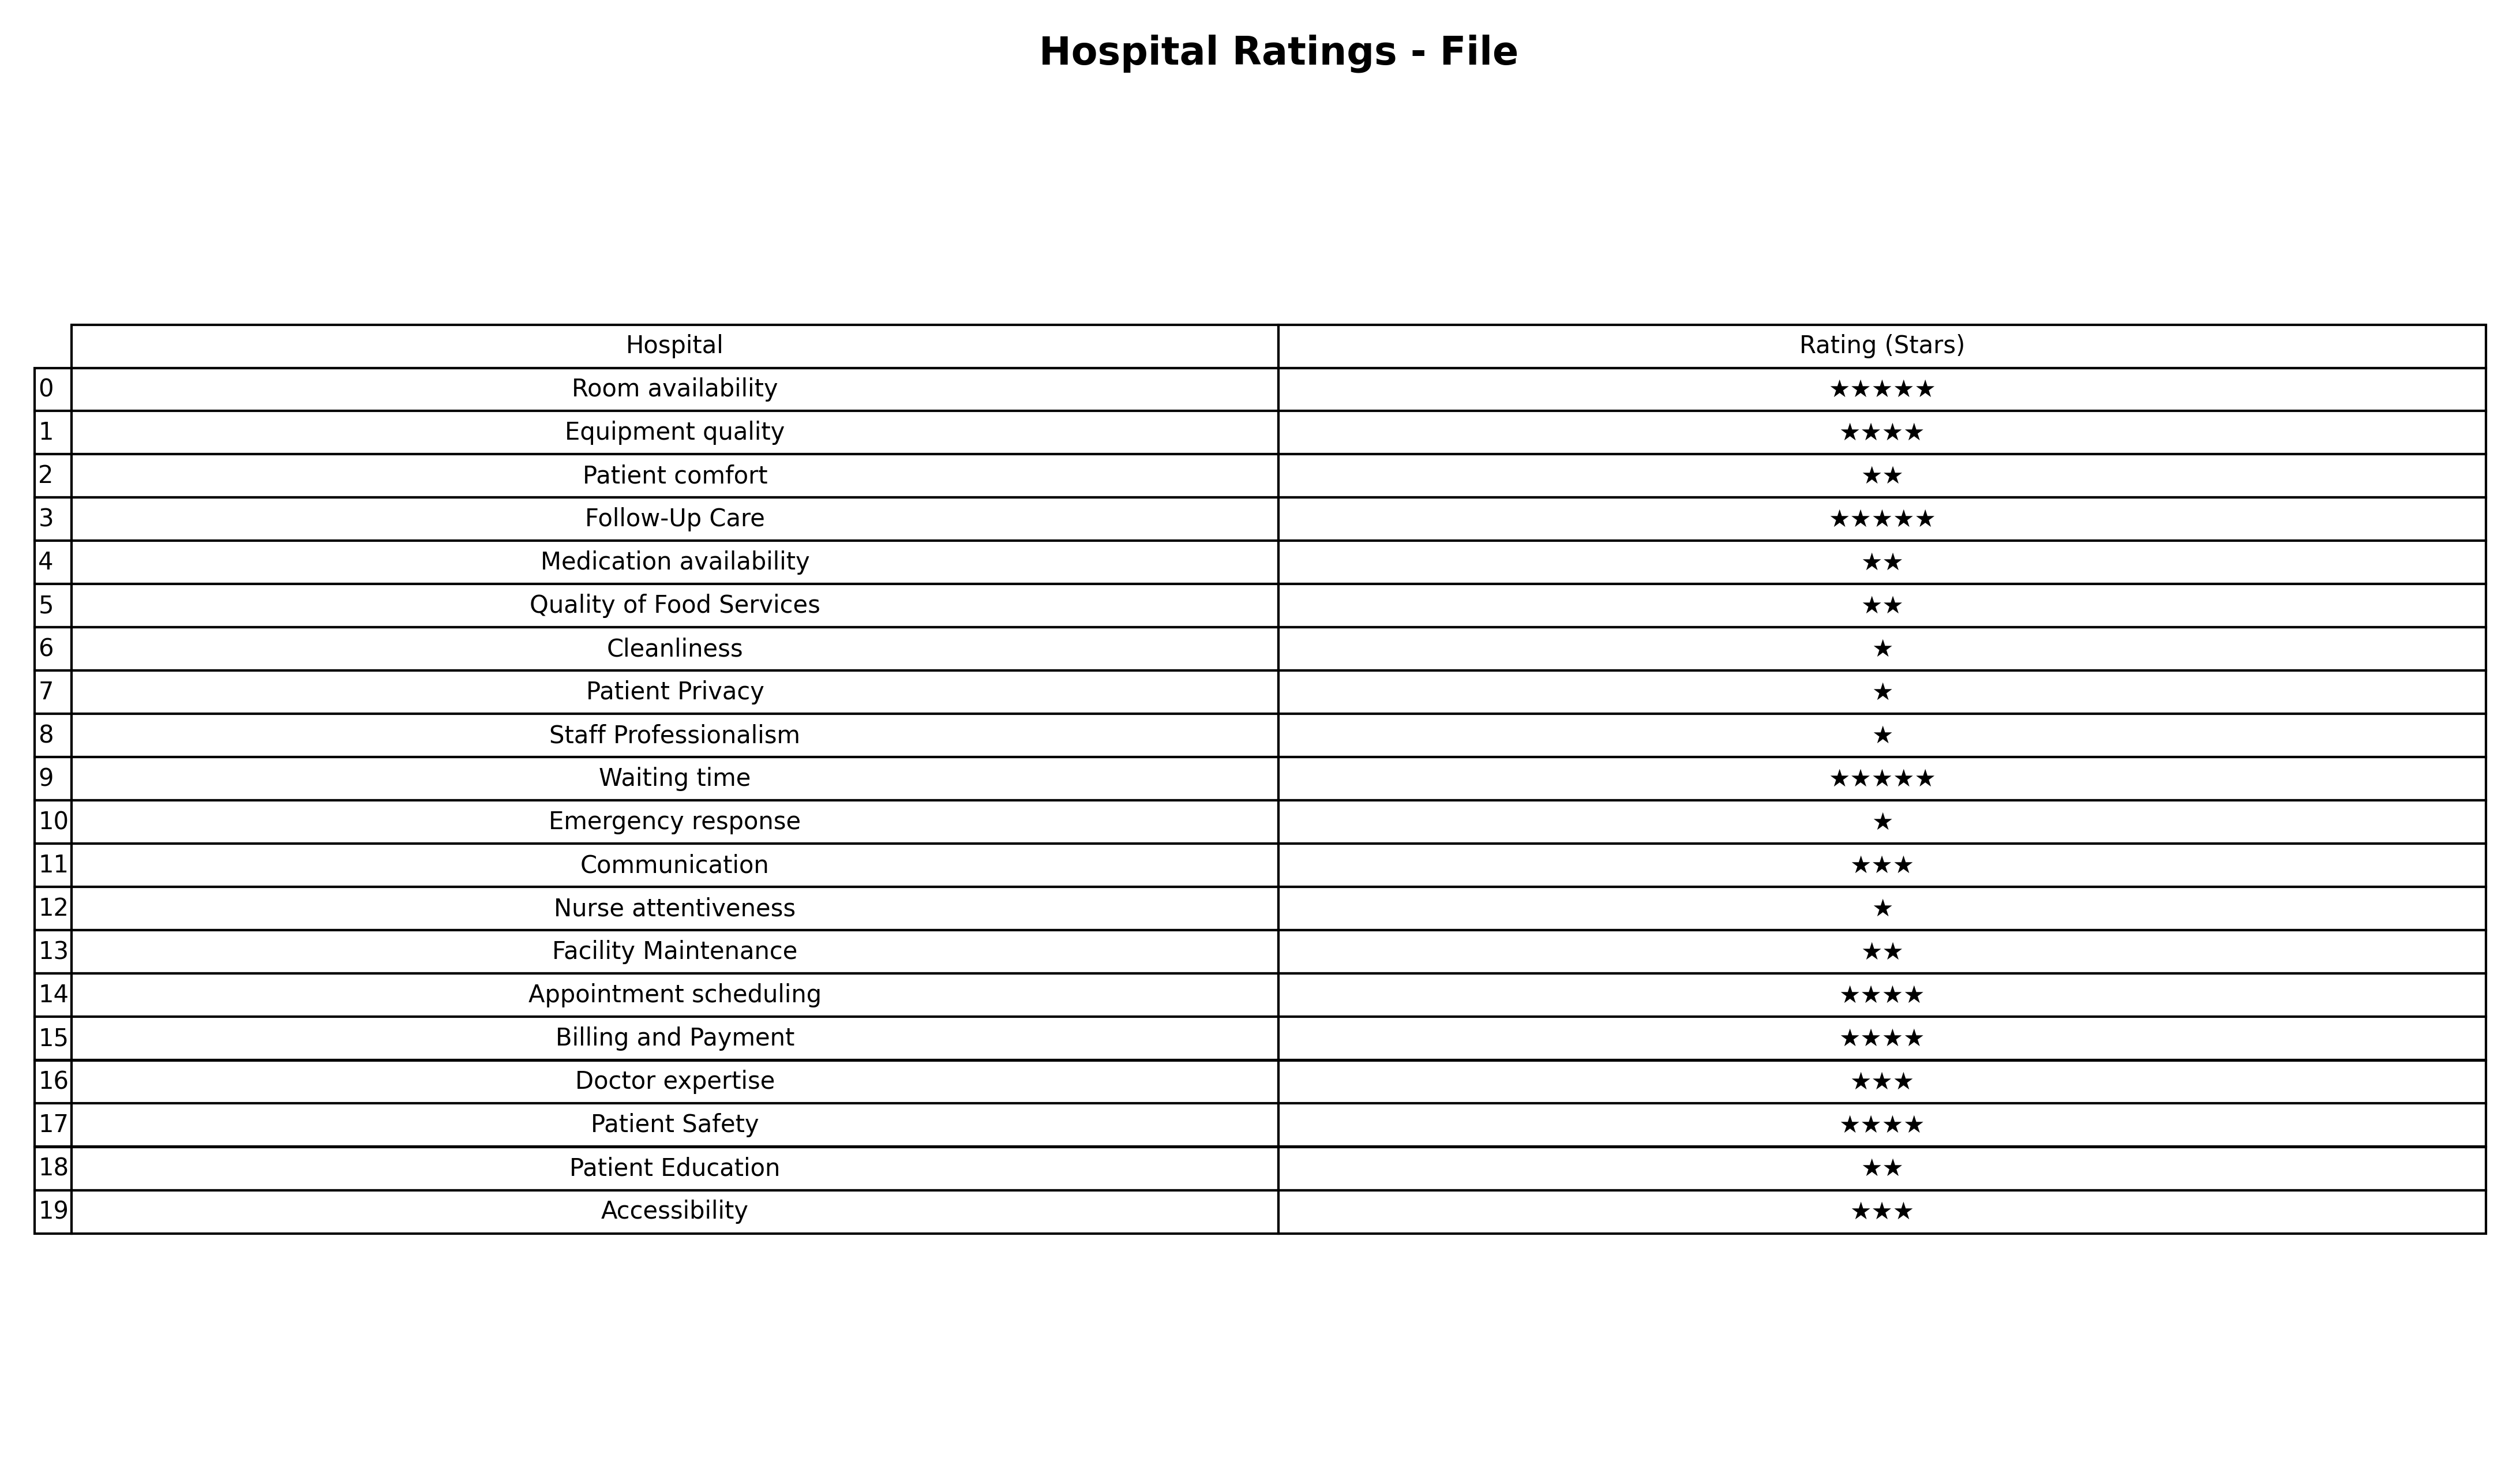
question: What are lowest rating services?
answer: Room availabilityFollow-Up CareWaiting time